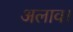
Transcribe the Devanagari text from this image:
अलाव।